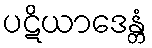
ပဋိယာဒေန္တံ